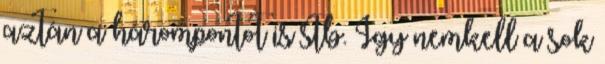
aztán a hárompontot is stb. Így nemkell a sok